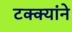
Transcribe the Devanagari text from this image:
टक्क्यांने